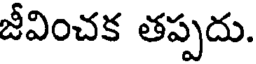
జీవించక తప్పదు.